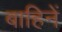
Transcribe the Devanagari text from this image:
बाहिनें